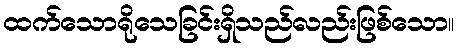
ထက်သောရိုသေခြင်းရှိသည်လည်းဖြစ်သော။